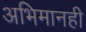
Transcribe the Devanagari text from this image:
अभिमानही